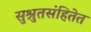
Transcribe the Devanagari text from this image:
सुश्रुतसंहितेत